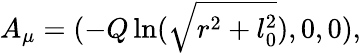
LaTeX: A_{\mu}=(-Q\ln(\sqrt{r^{2}+l_{0}^{2}}),0,0),